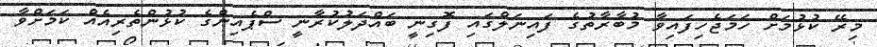
މިރޭ ކުޅުމަށް ހަމަޖެހިފައިވާ މުބާރާތުގެ ފައިނަލްގައި ފޮގިނީ ބައްދަލުކުރާނީ ސްޕެއިންގެ ކުޅުންތެރިއެއް ކަމަށްވާ